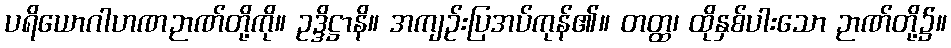
ပရိယောဂါဟဏဉာဏ်တို့ကို။ ဥဒ္ဒိဋ္ဌာနိ။ အကျဉ်းပြအပ်ကုန်၏။ တတ္ထ၊ ထိုနှစ်ပါးသော ဉာဏ်တို့၌။